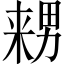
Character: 𱰺